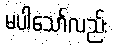
မပါသော်လည်း